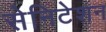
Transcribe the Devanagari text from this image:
सेनिटेशन